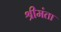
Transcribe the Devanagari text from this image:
श्रीमंता